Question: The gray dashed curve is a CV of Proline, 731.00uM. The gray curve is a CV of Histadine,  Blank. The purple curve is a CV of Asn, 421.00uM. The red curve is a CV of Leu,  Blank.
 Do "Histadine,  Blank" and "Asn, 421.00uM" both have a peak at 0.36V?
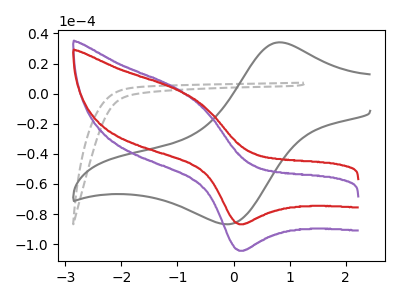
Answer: <think>The gray dashed curve "Proline, 731.00uM" has no peaks. The gray curve "Histadine,  Blank" has an anodic peak at (0.80V, 34.15uA) and a cathodic peak at (-0.05V, -86.70uA). The purple curve "Asn, 421.00uM" has an anodic peak at (-1.00V, 2.60uA) and a cathodic peak at (0.15V, -104.40uA). The red curve "Leu,  Blank" has an anodic peak at (-1.00V, 2.15uA) and a cathodic peak at (0.15V, -86.80uA).</think>
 <answer>No, "Histadine,  Blank" and "Asn, 421.00uM" dont share a peak at 0.36V.</answer>
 <eval>mismatch</eval>